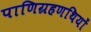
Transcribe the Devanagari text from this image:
पाणिग्रहणथियों